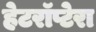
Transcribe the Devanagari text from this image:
हेटरॉप्टेरा